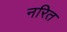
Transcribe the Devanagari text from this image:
नरित